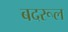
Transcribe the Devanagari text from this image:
बदरूल